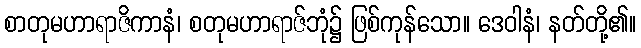
စာတုမဟာရာဇိကာနံ၊ စတုမဟာရာဇ်ဘုံ၌ ဖြစ်ကုန်သော။ ဒေဝါနံ၊ နတ်တို့၏။